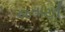
જતાયી